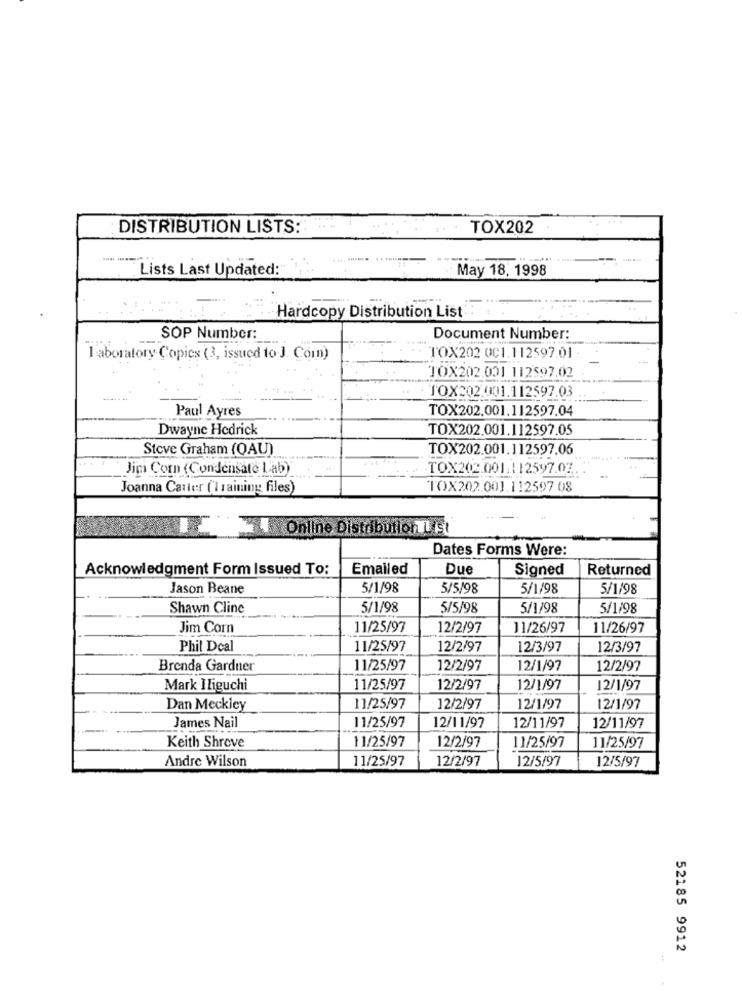
DISTRIBUTION LISTS:
TOX202
Lists Last Updated:
May 18, 1998
Hardcopy Distribution List
SOP Number:
Document Number:
laboratory Copies (3, issued to J. Comn)
TOX202 0C1.112597.01 .
TOX202.001 112597.02
TOX202.001.112597.03
Paul Ayres
TOX202.001.112597.04
Dwayne Hedrick
TOX202.001.112597.05
Steve Graham (QAU)
TOX202.001.112597.06
Jim Com (Condensate Lab)
TOX202.001.112597.03.
Joanna Carter (Training files)
TOX202.00].112597 08
Online Distribution Et
Dates Forms Were:
Acknowledgment Form Issued To:
Emailed
Due
Signed
Returned
Jason Beane
5/1/98
5/5/98
5/1/98
5/1/98
Shawn Cline
5/1/98
5/5/98
5/1/98
5/1/98
Jim Corn
11/25/97
12/2/97
11/26/97
11/26/97
Phil Dcal
11/25/97
12/2/97
12/3/97
12/3/97
Brenda Gardner
11/25/97
12/2/97
12/1/97
12/2/97
Mark Iliguchi
11/25/97
12/2/97
12/1/97
12/1/97
Dan Meckley
11/25/97
12/2/97
12/1/97
12/1/97
11/25/97
James Nail
12/11/97
12/11/97
12/11/97
Keith Shreve
11/25/97
12/2/97
11/25/97
11/25/97
Andre Wilson
11/25/97
12/2/97
12/5/97
12/5/97
52185 9912